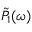
\Tilde { P } _ { 1 } ( \omega )